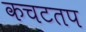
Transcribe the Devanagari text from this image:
कचटतप